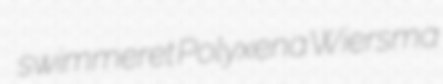
swimmeret Polyxena Wiersma